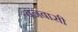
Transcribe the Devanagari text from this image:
बनबासी